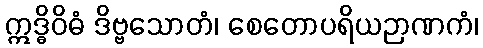
ဣဒ္ဓိဝိဓံ ဒိဗ္ဗသောတံ၊ စေတောပရိယဉာဏကံ၊